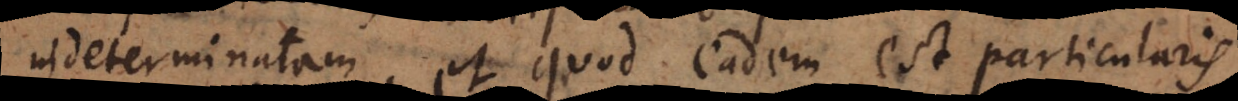
indeterminatam, et quod eadem est [negativa]